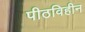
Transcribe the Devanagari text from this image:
पीठविहीन